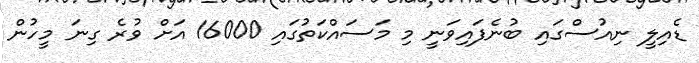
ޑެއިލީ ނިއުސްގައި ބުނެފައިވަނީ މި މަސައްކަތުގައި 16000 އަށް ވުރެ ގިނަ މީހުން